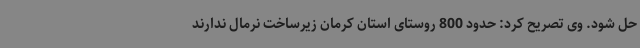
حل شود. وی تصریح کرد: حدود 800 روستای استان کرمان زیرساخت نرمال ندارند